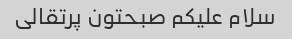
سلام علیکم صبحتون پرتقالی